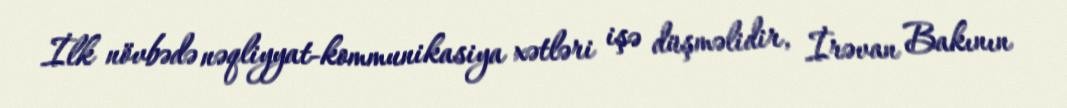
İlk növbədə nəqliyyat-kommunikasiya xətləri işə düşməlidir, İrəvan Bakının